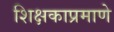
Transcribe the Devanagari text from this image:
शिक्षकाप्रमाणे